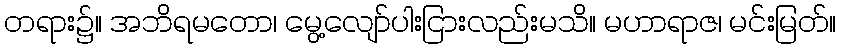
တရား၌။ အဘိရမတော၊ မွေ့လျော်ပါးငြားလည်းမသိ။ မဟာရာဇ၊ မင်းမြတ်။